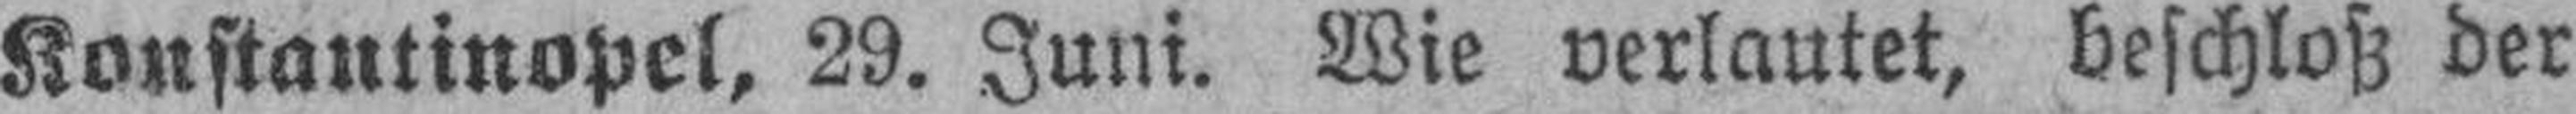
Konstantinopel, 29. Juni. Wie verlautet, beschloß der